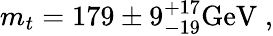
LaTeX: m_{t}=179\pm 9_{-19}^{+17}\mathrm{GeV}\; ,